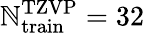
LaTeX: \mathbb{N}_{\mathrm{{train}}}^{\mathrm{{TZVP}}}=32